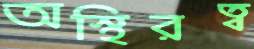
অস্থিরত্ব